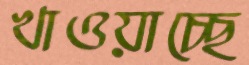
খাওয়াচ্ছে